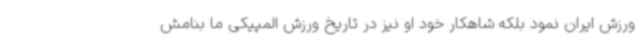
ورزش ایران نمود بلکه شاهکار خود او نیز در تاریخ ورزش المپیکی ما بنامش